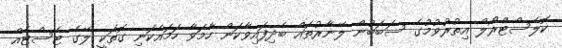
ކޮލެސްޓްރޯލް އިތުރުވުމުގެ ސަބަބުން ލޭނާރުތައް ބެދިފައިވާކަން ހާމަވާ ހަމައެކަނި ގޮތަކީ ލޭގެ ޓެސްޓެއް